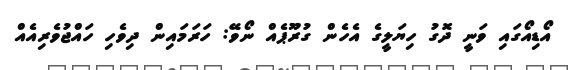
އޯޑިއޯގައި ވަނީ ދޮގު ހިޔަލީގެ އެހެން ގުރޫޕެއް ނޯވޭ: ހަރަމައިން ދިވެހި ހައްޖުވެރިއެއް